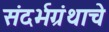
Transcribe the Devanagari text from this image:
संदर्भग्रंथाचे